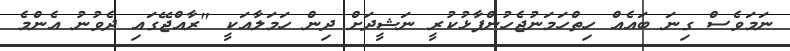
ނަމަވެސް ގިނަ ބައެއް ހިތްހަމަނުޖެހުންފާޅުކުރީ ނަޝީދަށް ދިން ހަމަލާއަކީ "ރާއްޖޭގައި ދެވުނު އެންމެ